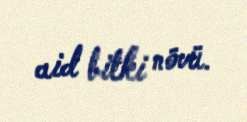
aid bitki növü.